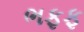
ભફફ